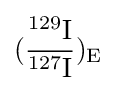
{\rm {({\frac {^{129}I}{^{127}I}})_{E}}}